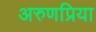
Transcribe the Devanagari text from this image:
अरुणप्रिया